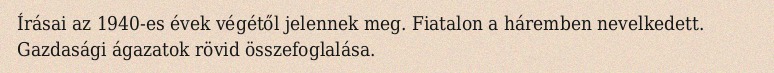
Írásai az 1940-es évek végétől jelennek meg. Fiatalon a háremben nevelkedett. Gazdasági ágazatok rövid összefoglalása.